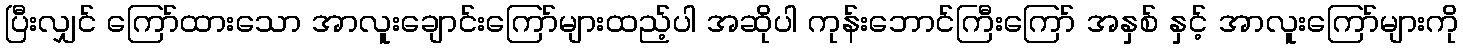
ပြီးလျှင် ကြော်ထားသော အာလူးချောင်းကြော်များထည့်ပါ အဆိုပါ ကုန်းဘောင်ကြီးကြော် အနှစ် နှင့် အာလူးကြော်များကို